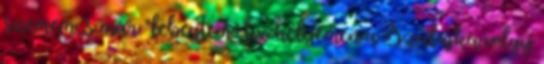
szemem, s már “lebegtem” fix helyemen a Szalajka völgy